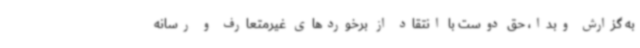
به گزارش وبدا، حق ‌دوست با انتقاد از برخوردهای غیرمتعارف و رسانه‌